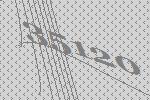
35120